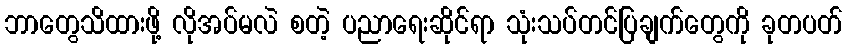
ဘာတွေသိထားဖို့ လိုအပ်မလဲ စတဲ့ ပညာရေးဆိုင်ရာ သုံးသပ်တင်ပြချက်တွေကို ခုတပတ်